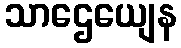
သာဌေယျေန